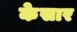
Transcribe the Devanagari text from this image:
केसार